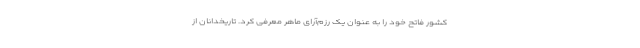
کشور فاتح خود را به عنوان یک رزم‌آرای ماهر معرفی کرد. تاریخدانان از